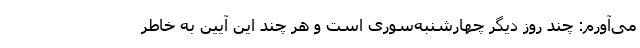
می‌آورم: چند روز دیگر چهارشنبه‌سوری است و هر چند این آیین به خاطر